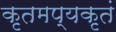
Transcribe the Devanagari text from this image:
कृतमप्यकृतं